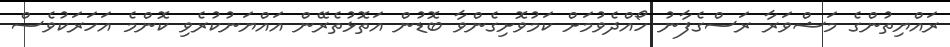
ރައްޔިތުންގެ މަޝްވަރާ ރަސްގެފާނު ހޯއްދެވުމަށް ކަމުވޮށިގެންވާ ބޮޑުން އަތޮޅުތެރޭން އައްޔަނުކުރެވި ކޮންމެ އަހަރަކުވެސް